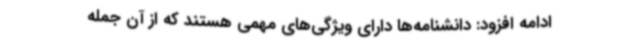
ادامه افزود: دانشنامه‌ها دارای ویژگی‌های مهمی هستند که از آن جمله